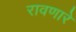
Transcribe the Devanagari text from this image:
रावणारे